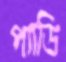
প্যাডি